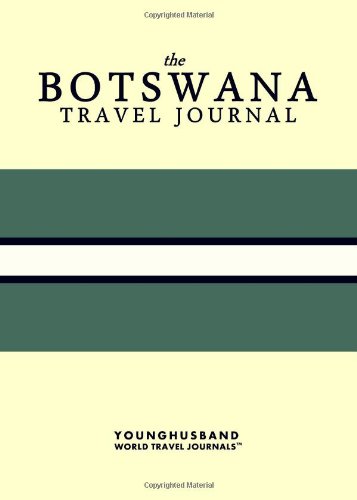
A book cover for The Botswana Travel Journal; Younghusband World Travel Journals; Travel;